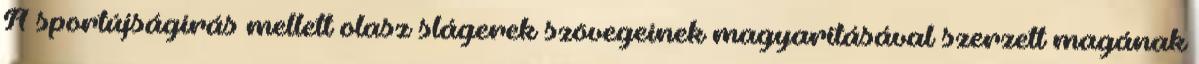
A sportújságírás mellett olasz slágerek szövegeinek magyarításával szerzett magának